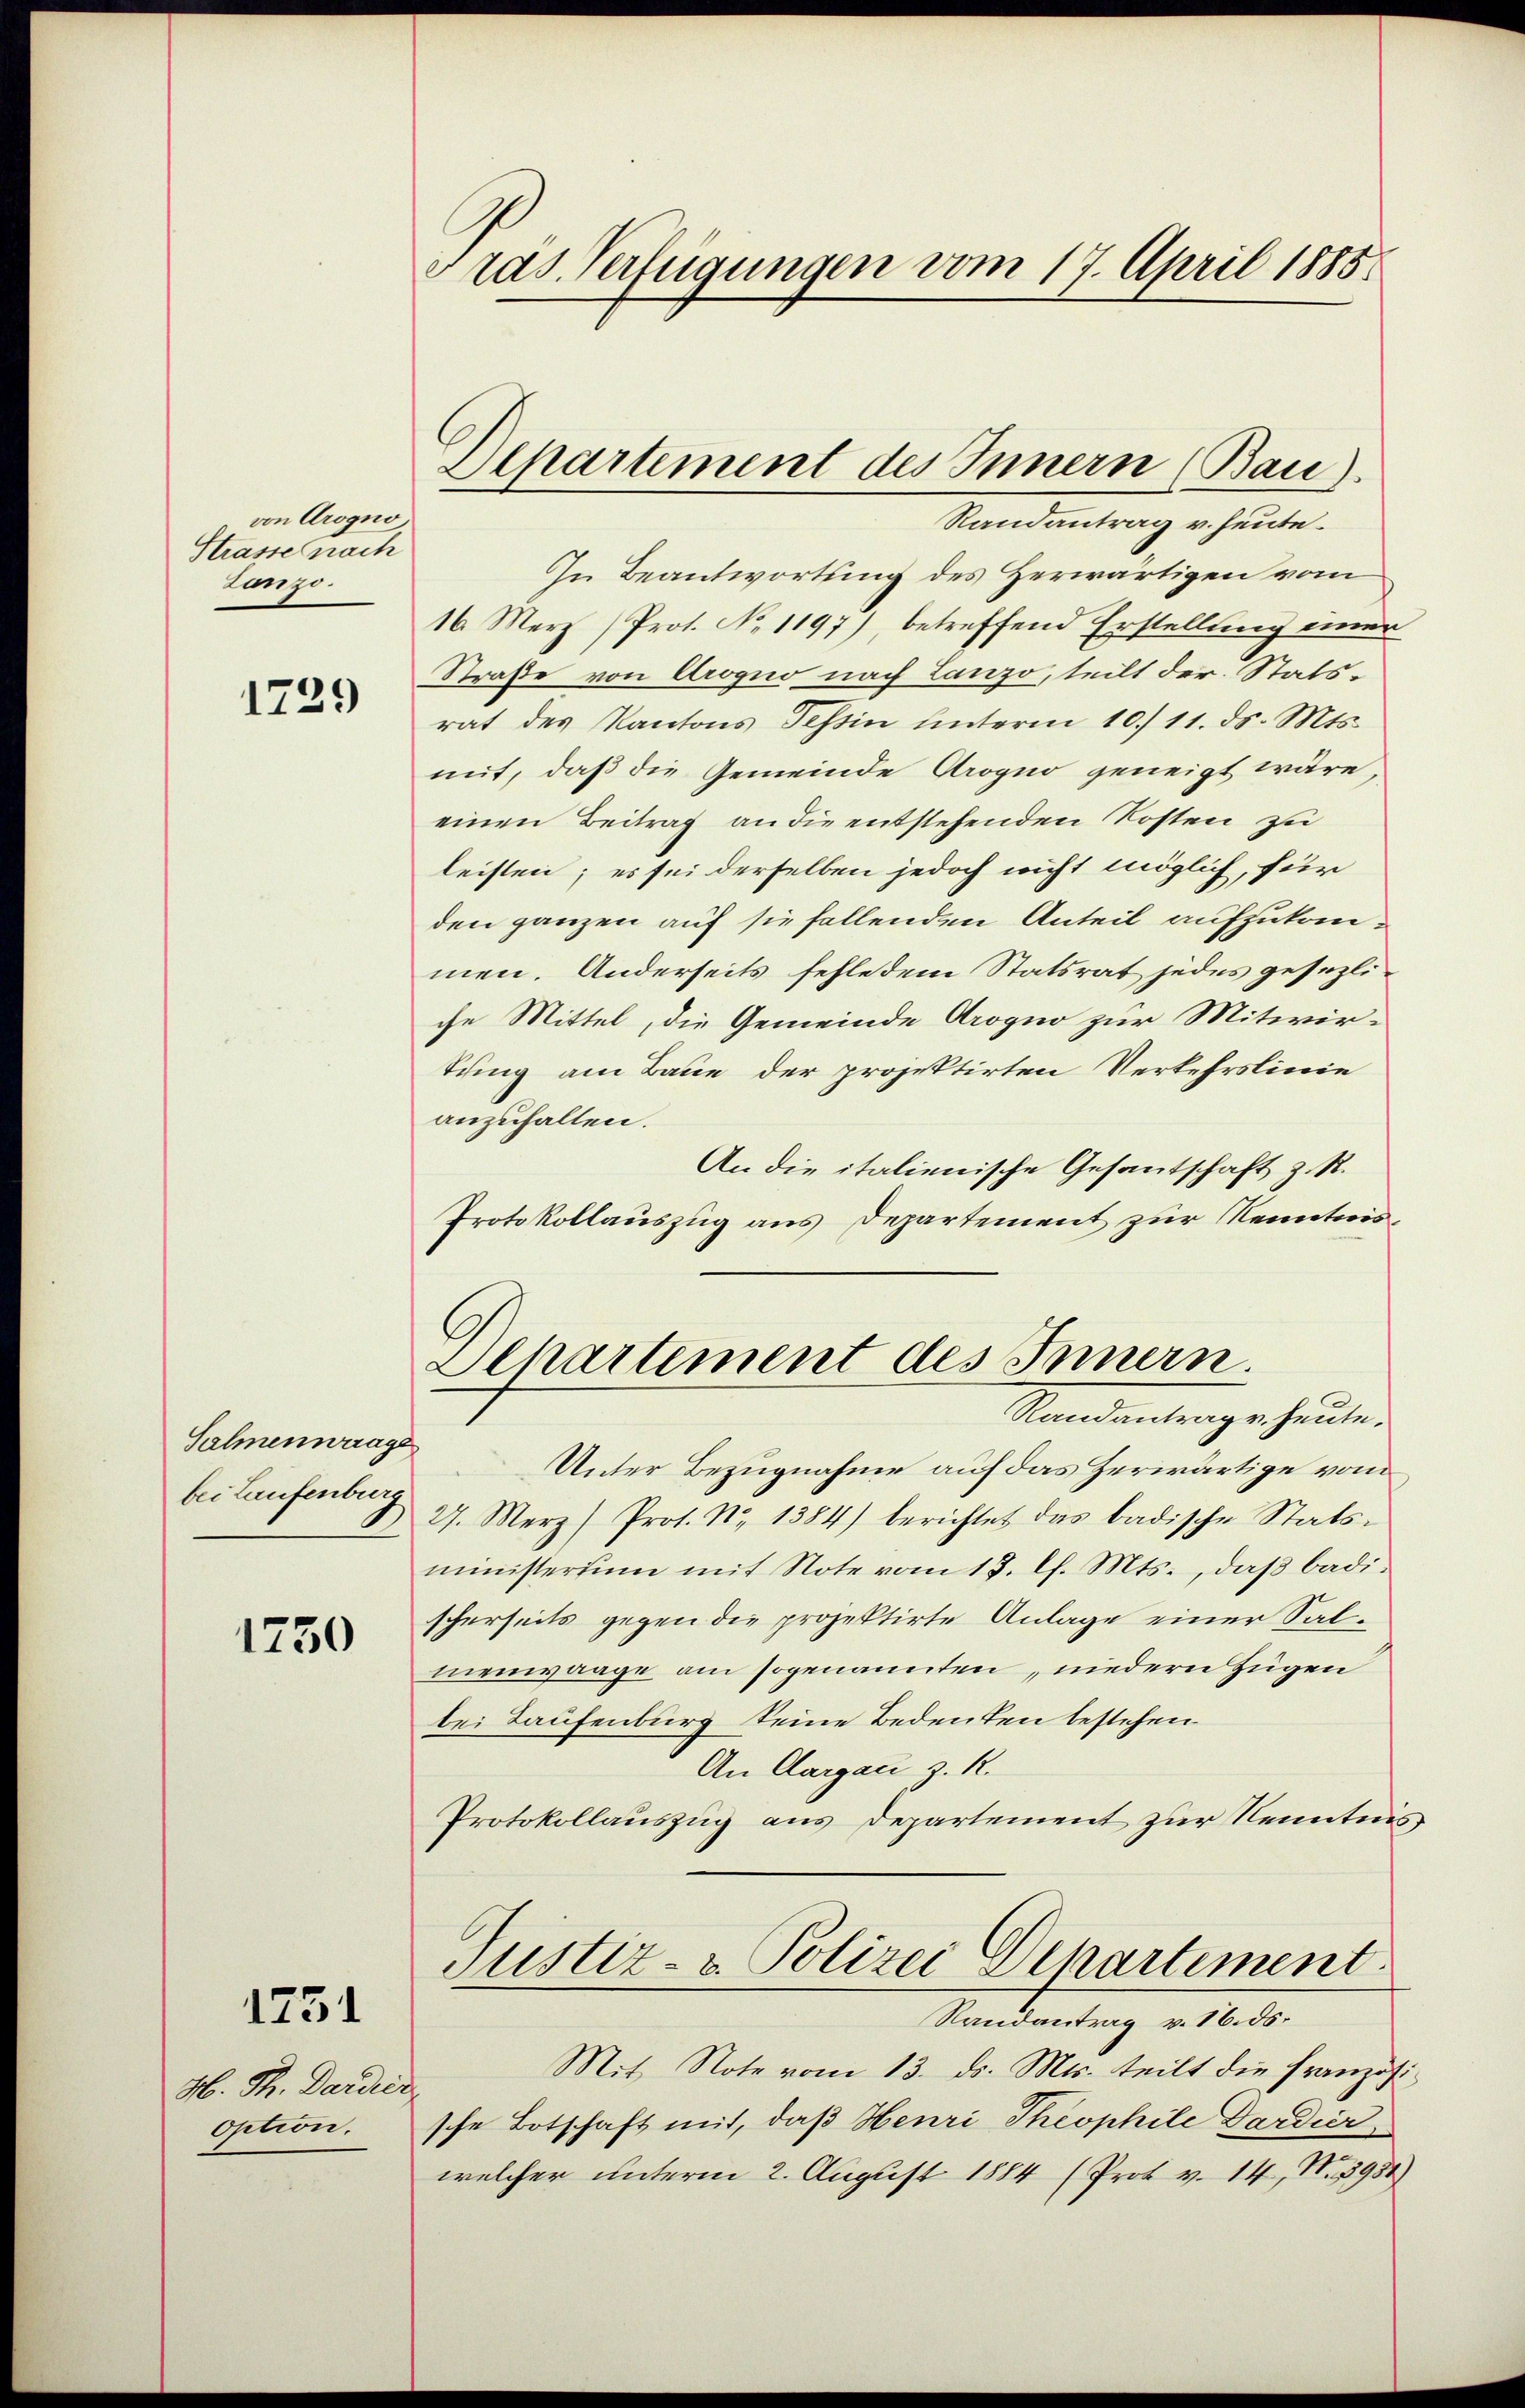
von Arogno
Strasse nach
Lanzo.

1729

Salmenwaage
bei Laufenburg

1750

1751

H. Th. Dardier
option.

Gras Verfügungen vom 17. April 1885

Aepartement des Innern (Bau).

Randantrag v. heute.
In Beantwortung des Herwärtigen vom
16. Merz /Prot. No. 1197) betreffend Erstellung einer
Straße von Crogno nach Lanzo, teilt der Statsrat des Kantons Tessin unterm 10. 11. ds. Mts.
mit, daß die Gemeinde Arogno geneigt wäre,
einen Beitrag an die entstehenden Kosten zu
leisten; es sei derselben jedoch nicht möglich, für
den ganzen auf sie fallenden Anteil aufzukommen. Anderseits fehle dem Statsrat jedes gesezliche Mittel, die Gemeinde Arogno zur Mitwirtung am Baue der projektirten Verkehrslinie
anzuhalten.
An die italienische Gesantschaft z. R.
Protokollauszug aus Departement zur Kenntnis¬
Departement des Innern.
Standentenge heuten
Unter Bezugnahme auf das Zerwärtige vom
27. Merz (Prot. N. 1384) berichtet das badische Stats-
ministerium mit Note vom 13. l. Mts., daß badischerseits gegen die projektirte Anlage einer Salmenwaage am sogenannten, niedern Zügen
bei Laufenburg seine Bedeuten bestehen
An Aargau z. R.
Protokollauszug aus Departement zur Kenntnis,
Justiz- & Polizei Departement
Randantrag v. 16. ds.
Mit Note vom 13. ds. Mts. teilt die französische Botschaft mit, daß Henri Theophile Dardier
welcher unterm 2. August 1884 (Prot v. 14, N. 3950)